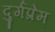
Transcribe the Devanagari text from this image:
दुर्गप्रेम